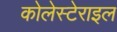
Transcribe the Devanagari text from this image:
कोलेस्टेराइल